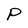
Character: P